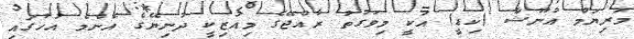
މަރިޔަމް އުނޫޝާ (ކިޑީ) އަކީ މިވަގުތު ރާއްޖޭގެ މިއުޒިކީ ދުނިޔޭގެ އެންމެ އުހުގައި